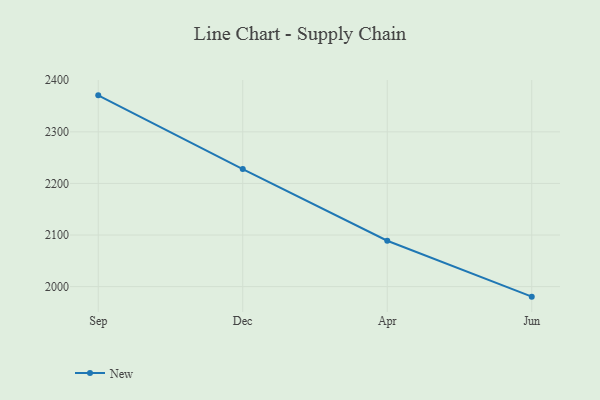
{"axis": {"x": "Month", "y": "Bounce Rate (%)"}, "legend": ["New"], "data": [{"x": "Sep", "y": 2370.7, "type": "New"}, {"x": "Dec", "y": 2227.9, "type": "New"}, {"x": "Apr", "y": 2088.9, "type": "New"}, {"x": "Jun", "y": 1980.6, "type": "New"}]}